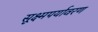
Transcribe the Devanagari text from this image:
सूक्ष्मपर्यावरण